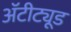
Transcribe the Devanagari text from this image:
अॅटीट्यूड